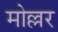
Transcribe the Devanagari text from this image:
मोल्लर